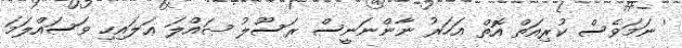
' ނަމަވެސް ކުރިއަތް އޮތް އަހަރު ނާންނަނީސް ރަސޫލު ޞައްލަ ޢަލައިހި ވަސައްލަމަ